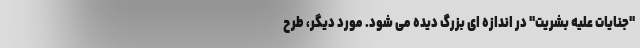
"جنایات علیه بشریت" در اندازه ای بزرگ دیده می شود. مورد دیگر، طرح